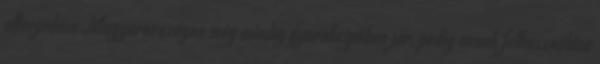
elterjedése Magyarországon még mindig gyerekcipőben jár, pedig annak felhasználása